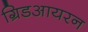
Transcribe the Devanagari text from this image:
ग्रिडआयरन